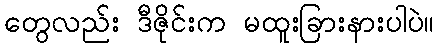
တွေလည်း ဒီဇိုင်းက မထူးခြားနားပါပဲ။